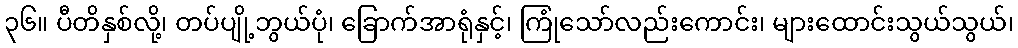
၃၆။ ပီတိနှစ်လို့၊ တပ်ပျို့ဘွယ်ပုံ၊ ခြောက်အာရုံနှင့်၊ ကြုံသော်လည်းကောင်း၊ များထောင်းသွယ်သွယ်၊